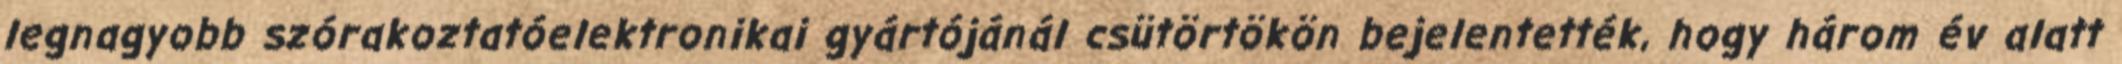
legnagyobb szórakoztatóelektronikai gyártójánál csütörtökön bejelentették, hogy három év alatt